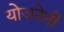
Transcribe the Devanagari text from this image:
योजनेनी